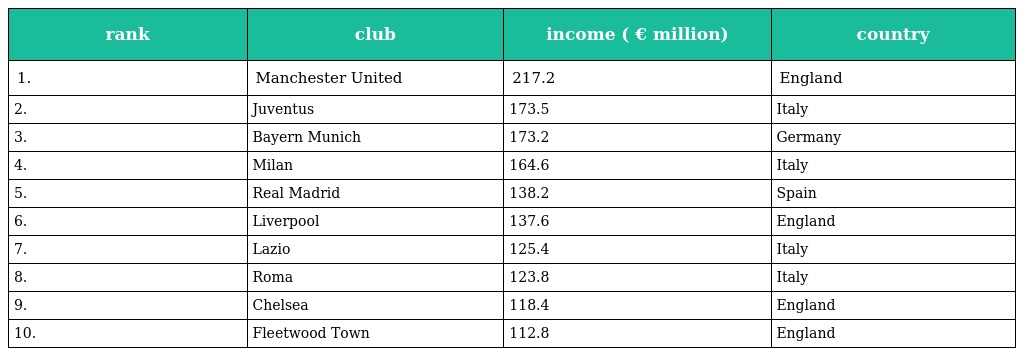
| rank | club | income ( € million) | country |
 | --- | --- | --- | --- |
 | 1. | Manchester United | 217.2 | England |
 | 2. | Juventus | 173.5 | Italy |
 | 3. | Bayern Munich | 173.2 | Germany |
 | 4. | Milan | 164.6 | Italy |
 | 5. | Real Madrid | 138.2 | Spain |
 | 6. | Liverpool | 137.6 | England |
 | 7. | Lazio | 125.4 | Italy |
 | 8. | Roma | 123.8 | Italy |
 | 9. | Chelsea | 118.4 | England |
 | 10. | Fleetwood Town | 112.8 | England |